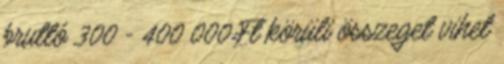
bruttó 300 - 400 000 Ft körüli összeget vihet